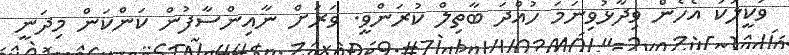
ވަކީލަކު އެހެން ވިދާޅުވިނަމަ ހުއްދަ ބާތިލް ކުރަންވީ. ވަރަށް ނާއިންސާފުން ކަންކަން މިދަނީ